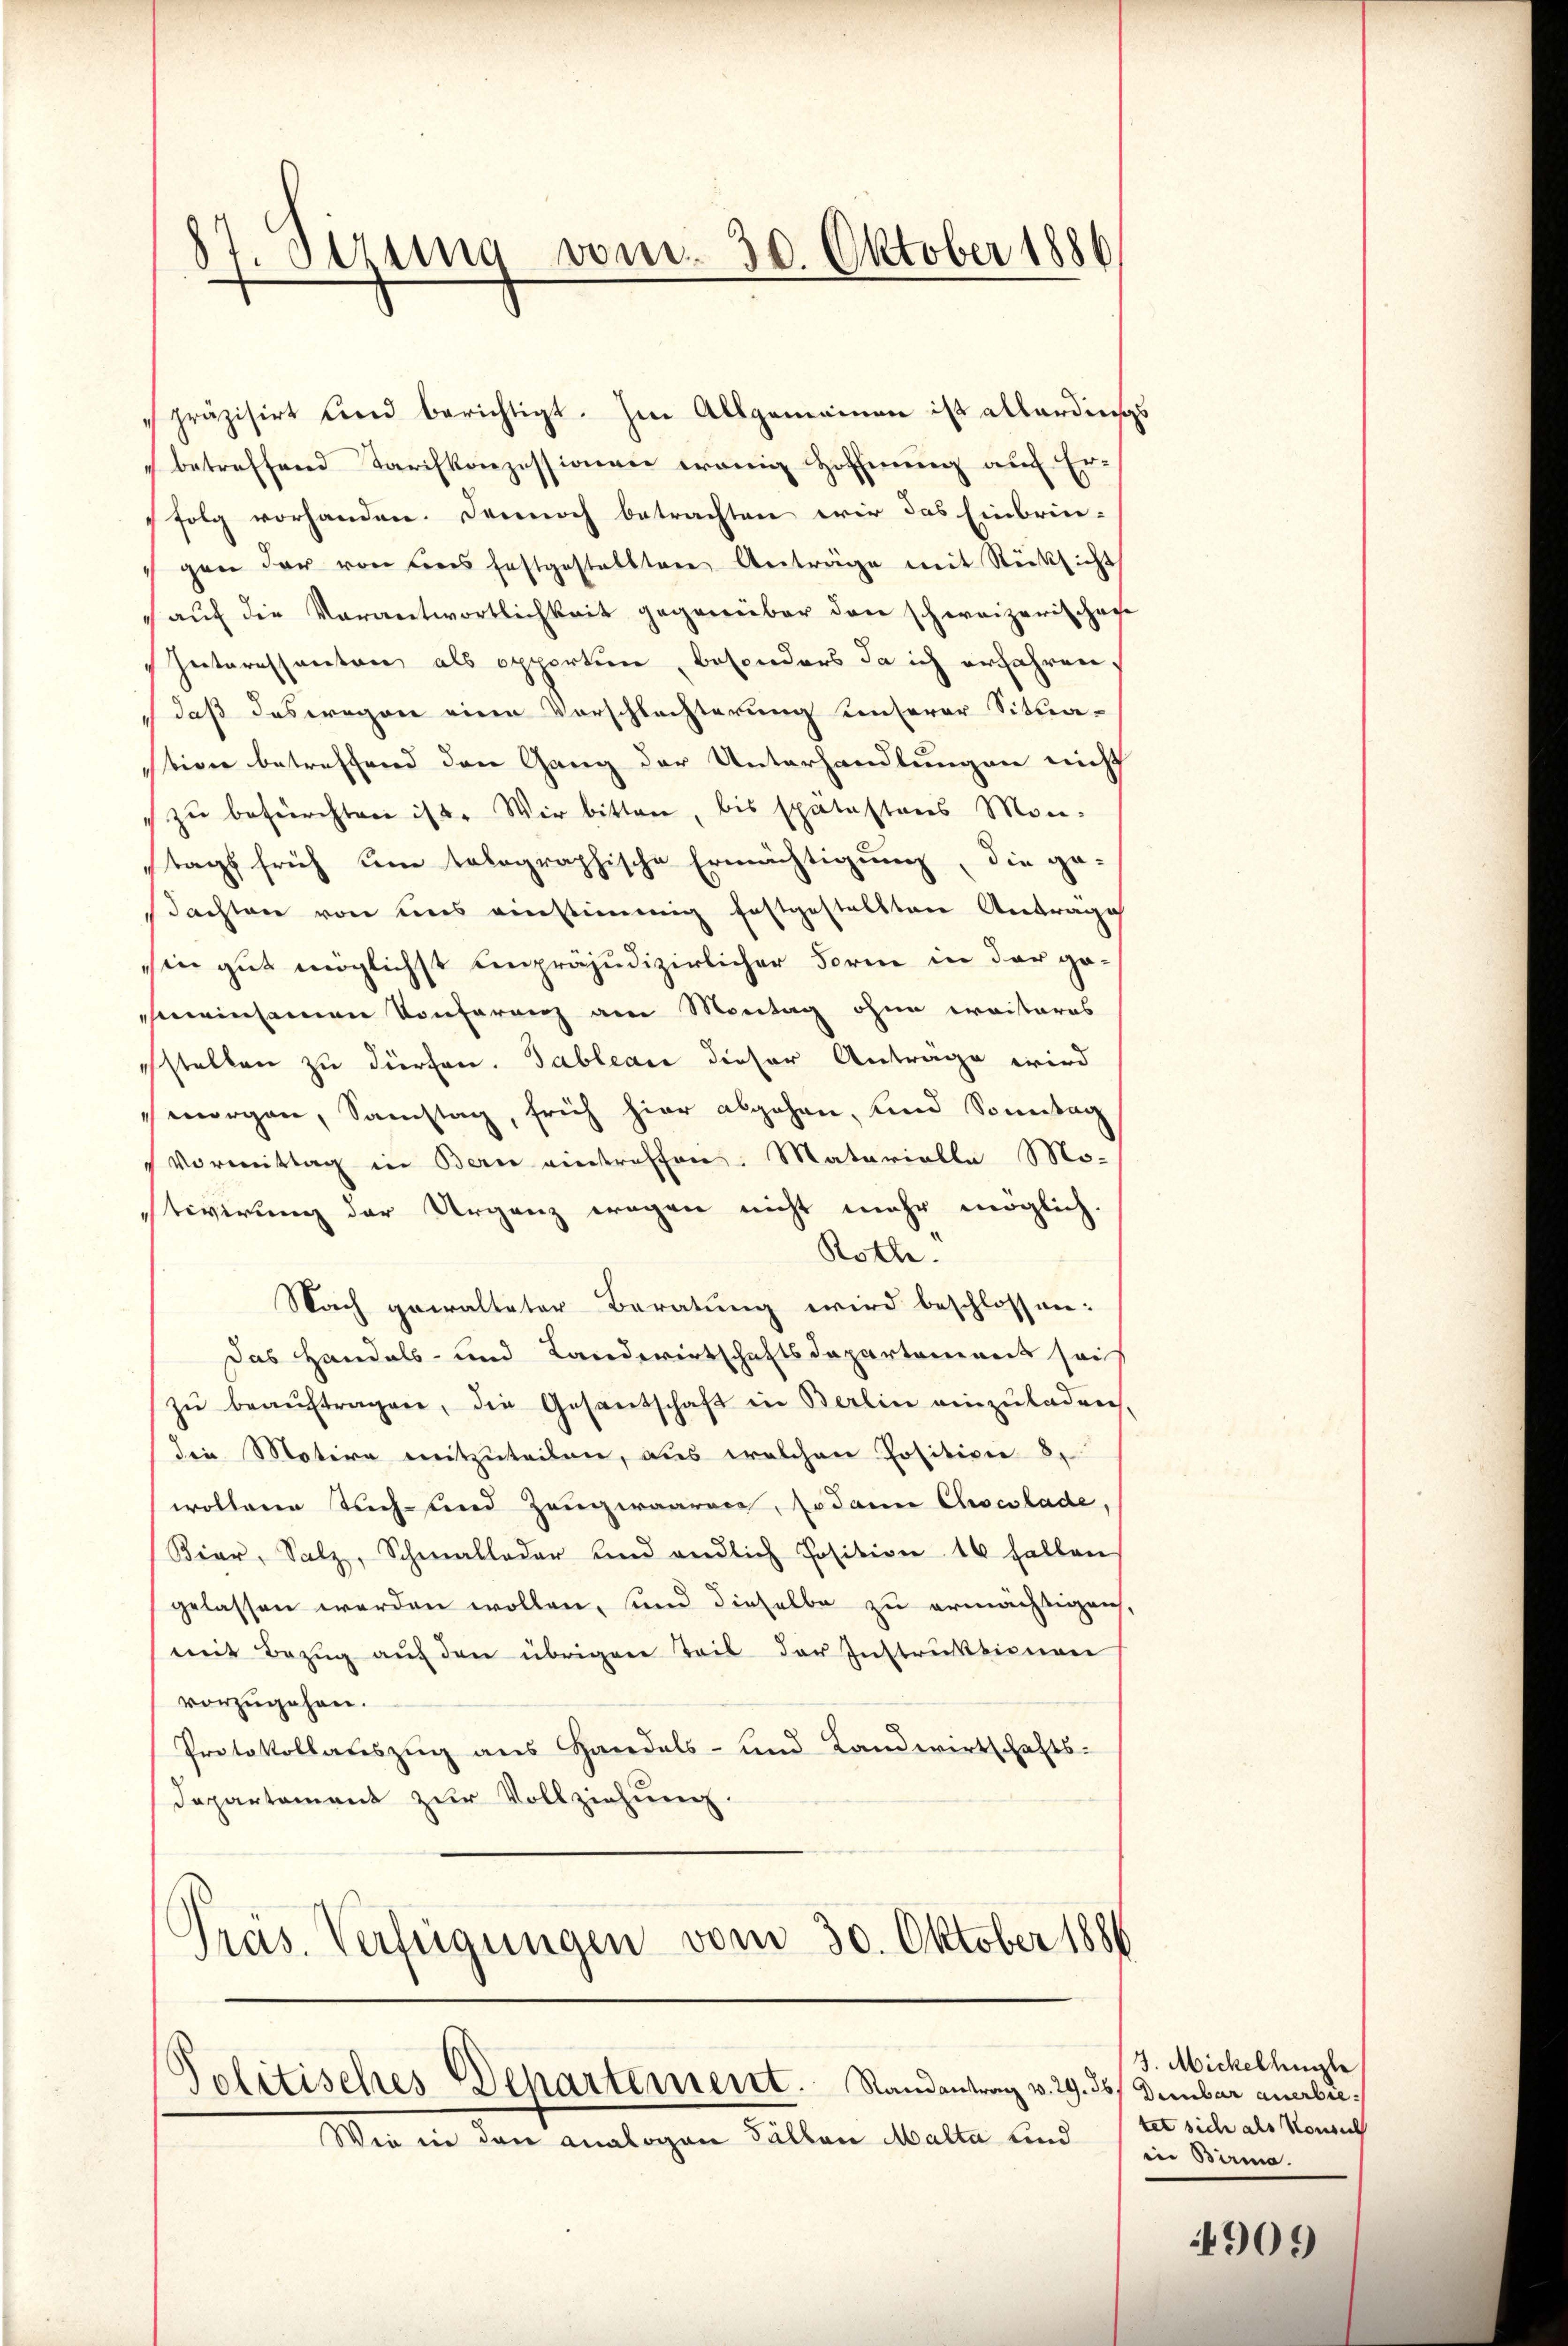
.
ot. Sitzung vom 30. Oktober 1886

präzisirt und berichtigt. Im Allgemeinen ist allerdings
betreffend Tarifkonzessionen wenig Hoffnung auf Er-
folg vorhanden. Dennoch betrachten wir das Einbrin-
gen der von des festgestallten Anträge mit Rücksicht
 aŭf die Verantwortlichkeit gegenüber den schweizerischen
Interessanton als opportion, besonders da ich erfahren,
daß das regen einen Vorschlechterung unserer Situastion betreffend den Gang der Unterhandlungen nicht
zŭ befürchten ist. Wir bitten, bis spätestens Mon-
tags früh um tolographische Ermächtigung, die ge-
Pachten von uns einstimmig festgestellten Anträge
sin gut möglichst unpräjudizierlicher Form in der gemeinsamen Konferenz am Montag ohne weiteres
cstellen zu dürfen. Tableau dieser Anträge wird
morgen, Samstag, früh hier abgehen, und Sonntag
Vormittag in Bern eintreffen. Materialla Mo-
tivirung der Urganz wegen nicht mehr möglich.
Rotte.
Nach gewalteter Beratung wird beschlossen:
Das Handels- und Landwirtschaftsdepartement sais
zŭ beaŭftragen, die Gesantschaft in Berlin einzŭladen
die Motire mitzuteilen, aus welchen Position 8,
wöllere Teich- und Zeugwaarace, sodann Chocolade,
Bier, Salz, Schmalloder und endlich Position 16 fallen
gelassen werden wollen, sind dieselbe zu ermächtigen,
mit Bezŭg aŭf den übrigen Teil der Instruktionen
vorzugehen.
Protokollauszug aus Handels- und Landwirtschafts-
Departement zur Vollziehung.
Präs. Verfügungen vom 30. Oktober 1884

d
Solitisches Departement. Randantrag v. 29. 36. Demmbar anerbie¬
Wie in den analogen Falten Malta und

J. Mickelhugle
tet sich als Konsul
in Birma.

909)